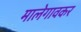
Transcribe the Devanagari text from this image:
मालेगावकर